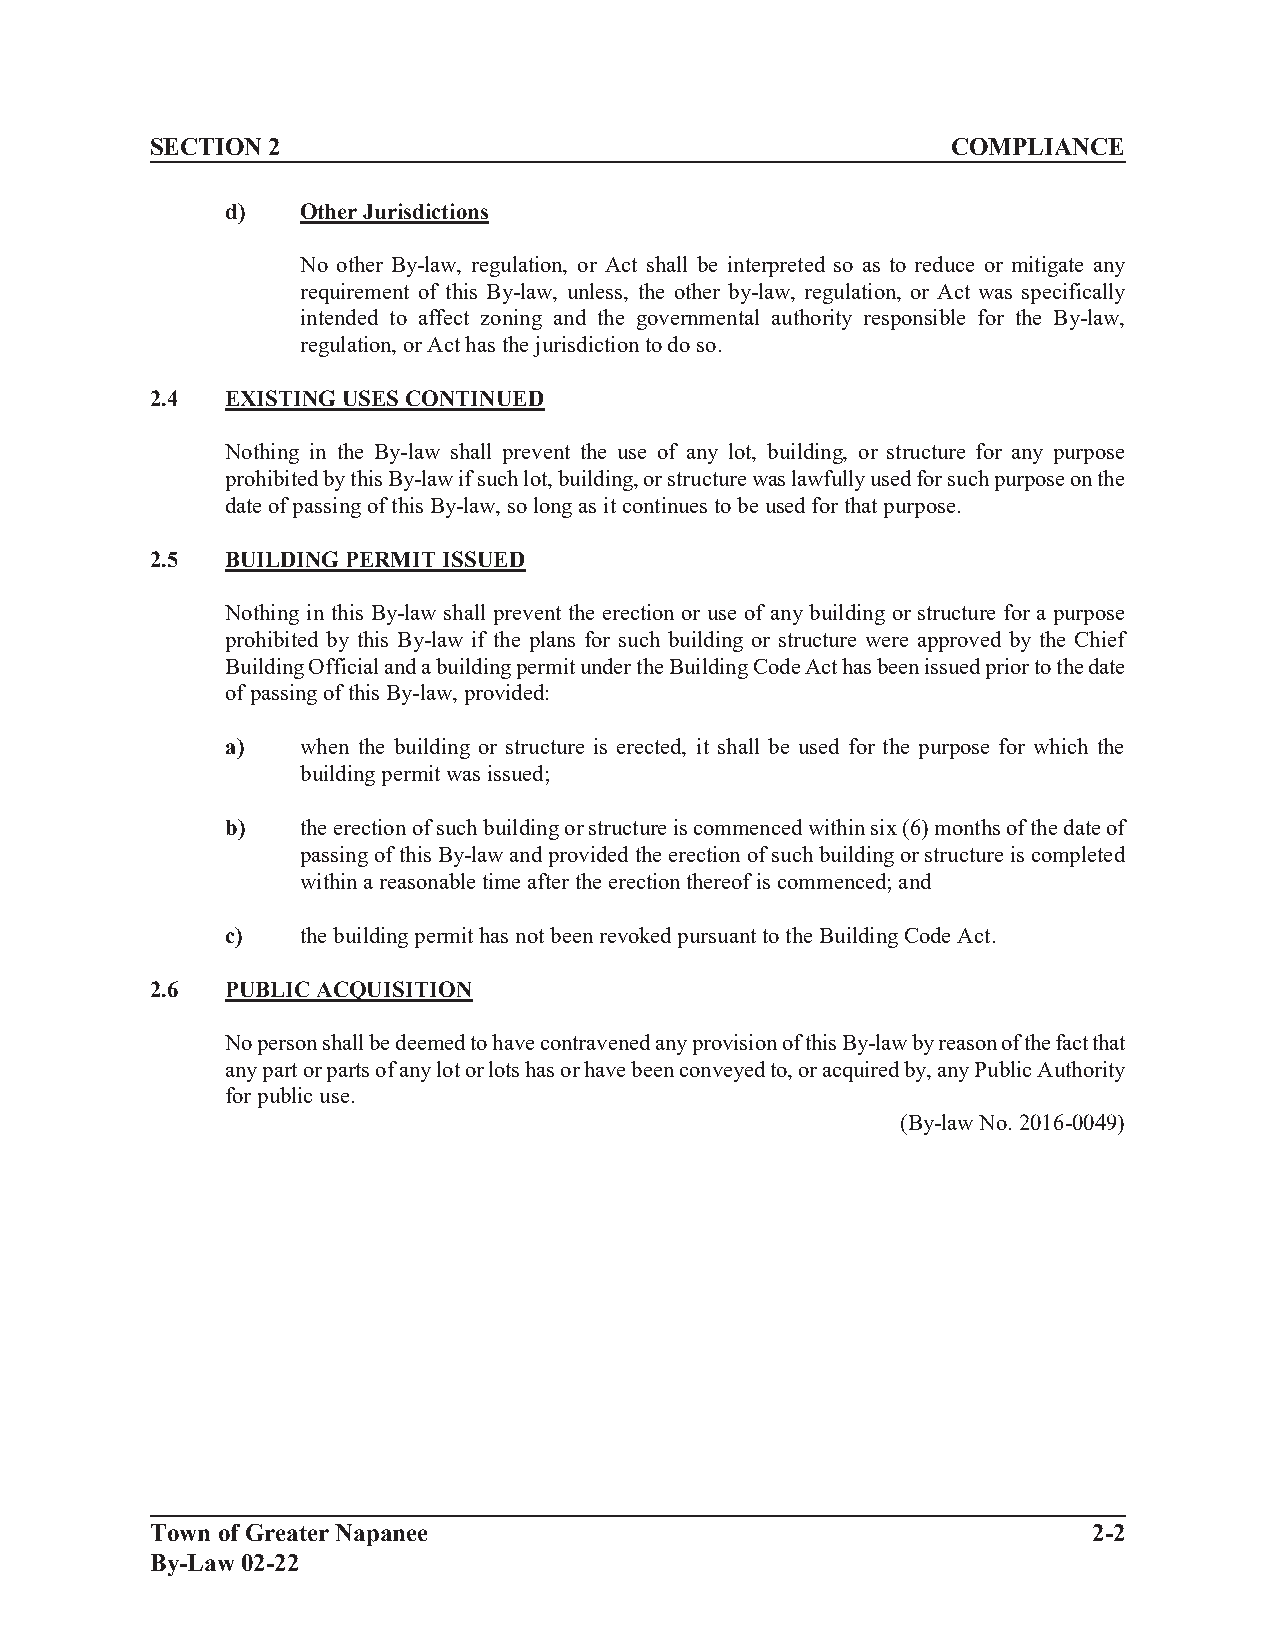
SECTION 2                                            COMPLIANCE
 d)   Other Jurisdictions
 No other By-law, regulation, or Act shall be interpreted so as to reduce or mitigate any
 requirement of this By-law, unless, the other by-law, regulation, or Act was specifically
 intended to affect zoning and the governmental authority responsible for the By-law,
 regulation, or Act has the jurisdiction to do so.
 2.4  EXISTING USES CONTINUED
 Nothing in the By-law shall prevent the use of any lot, building, or structure for any purpose
 prohibited by this By-law if such lot, building, or structure was lawfully used for such purpose on the
 date of passing of this By-law, so long as it continues to be used for that purpose.
 2.5  BUILDING PERMIT ISSUED
 Nothing in this By-law shall prevent the erection or use of any building or structure for a purpose
 prohibited by this By-law if the plans for such building or structure were approved by the Chief
 Building Official and a building permit under the Building Code Act has been issued prior to the date
 of passing of this By-law, provided:
 a)   when the building or structure is erected, it shall be used for the purpose for which the
 building permit was issued;
 b)   the erection of such building or structure is commenced within six (6) months of the date of
 passing of this By-law and provided the erection of such building or structure is completed
 within a reasonable time after the erection thereof is commenced; and
 c)   the building permit has not been revoked pursuant to the Building Code Act.
 2.6  PUBLIC ACQUISITION
 No person shall be deemed to have contravened any provision of this By-law by reason of the fact that
 any part or parts of any lot or lots has or have been conveyed to, or acquired by, any Public Authority
 for public use.
 (By-law No. 2016-0049)
 Town of Greater Napanee                                       2-2
 By-Law 02-22